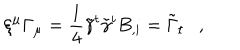
\xi ^ { \mu } \Gamma _ { \mu } = \frac 1 4 \tilde { \gamma } ^ { t } \tilde { \gamma } ^ { i } B _ { , i } = \tilde { \Gamma } _ { t } ,